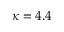
\kappa = 4 . 4